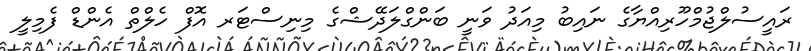
ރައީސުލްޖުމްހޫރިއްޔާގެ ނައިބު މިއަދު ވަނީ ބަންގްލަދޭޝްގެ މިނިސްޓަރ އޮފް ހެލްތް އެންޑް ފެމިލީ